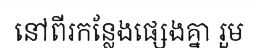
នៅពីរកន្លែងផ្សេងគ្នា រួម